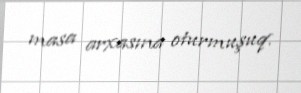
masa arxasına oturmuşuq.